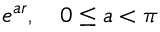
e ^ { a r } , \quad 0 \leq a < \pi